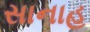
સાનાહ